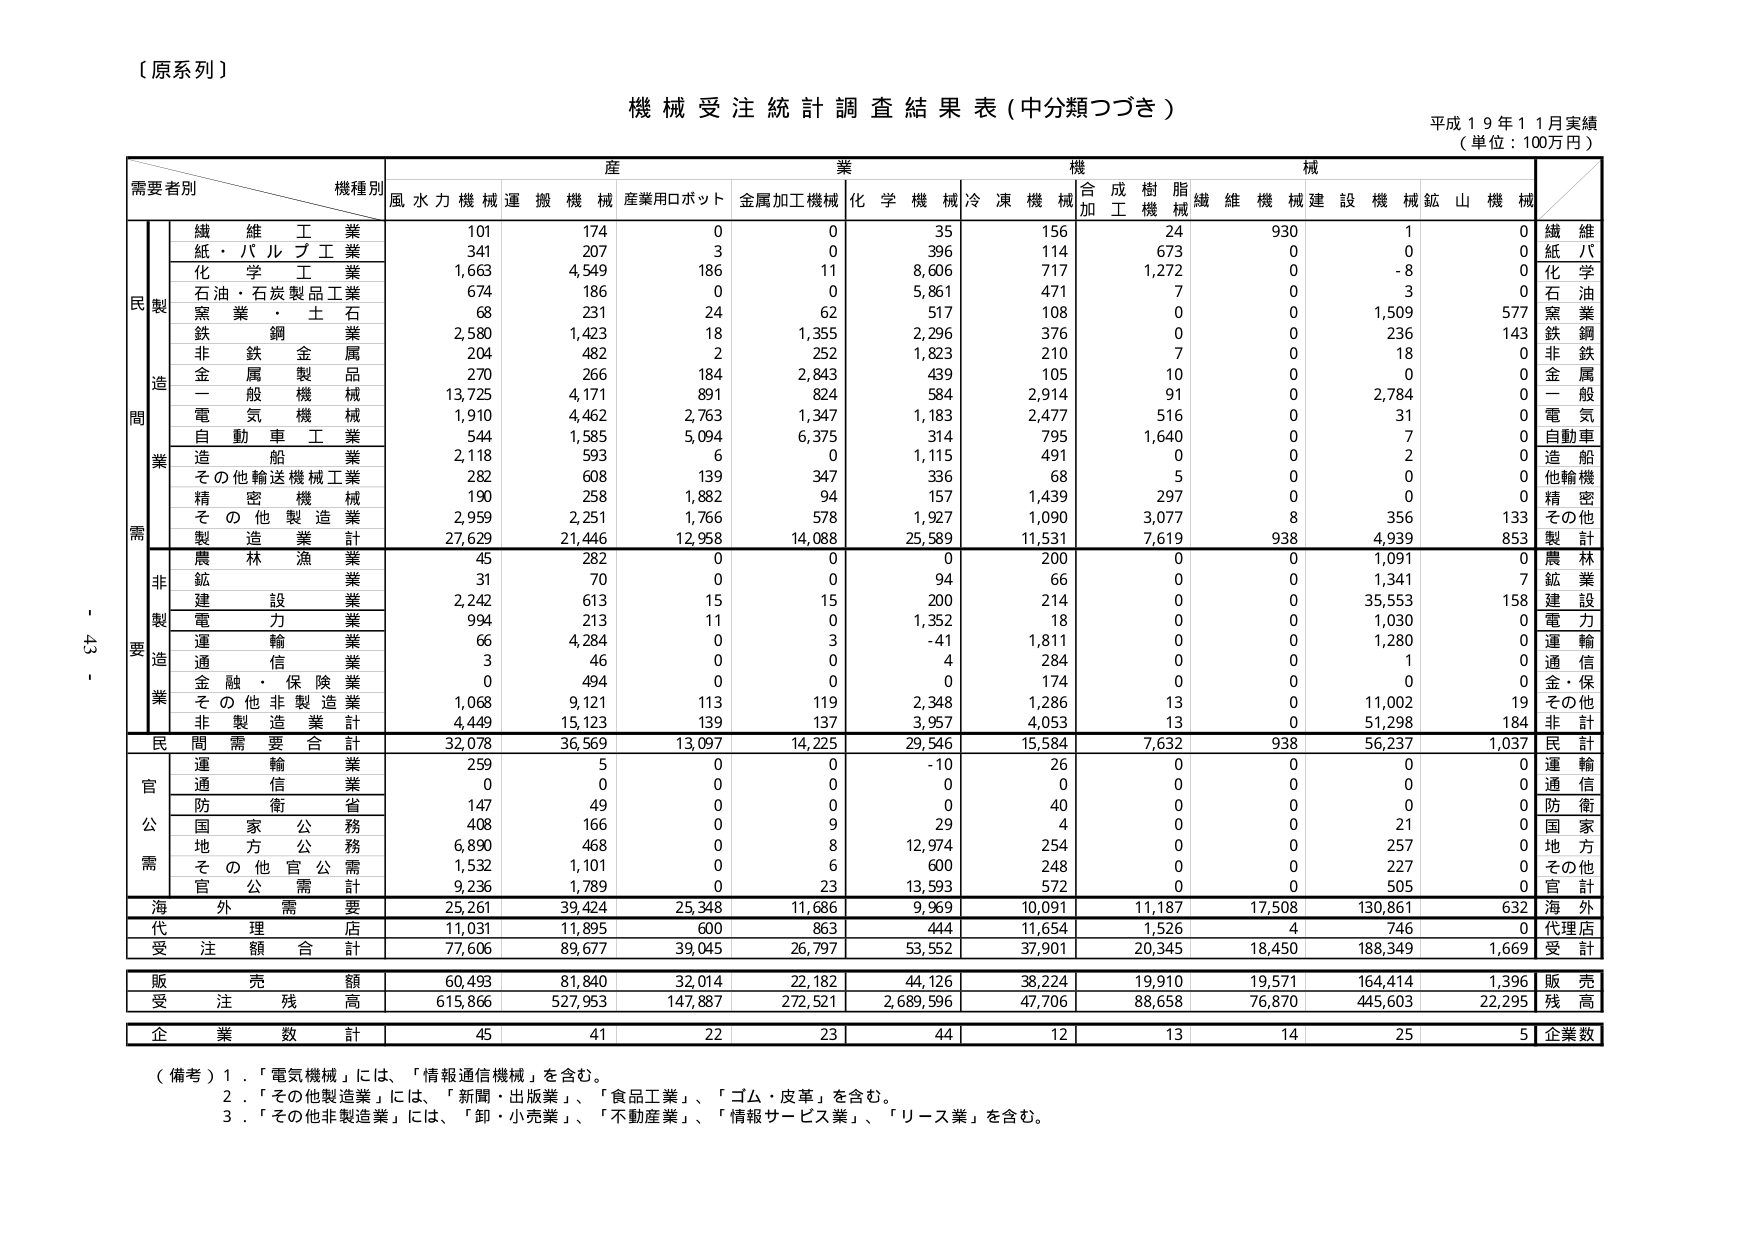
【原系列】

機械受注統計調査結果表（中分類つづき）

平成19年11月実績
（単位：100万円）

需要者別　　機種別　　産業　　機械
　　　　　　　　　　　風水力機械　運搬機械　産業用ロボット　金属加工機械　化学機械　冷凍機械　合成樹脂機械　繊維機械　建設機械　鉱山機械

　　　　　　　　　　　　合　加　工　機　械

　　　　　　　　　　　　繊　維　工　業　　　101　　　174　　　　0　　　　0　　　　35　　　156　　　24　　　930　　　　1　　　　0　　　繊　維
　　　　　　　　　　　　紙・パルプ工業　　　341　　　207　　　　3　　　　0　　　　396　　　114　　　673　　　0　　　　0　　　　0　　　紙　パ
　　　　　　　　　　　　化学工業　　　　　1,663　　　4,549　　　186　　　11　　　8,606　　　717　　　1,272　　　0　　　　-8　　　0　　　化学
　　　　　　　　　　　　石油・石炭製品工業　674　　　186　　　　0　　　　0　　　　5,861　　　471　　　7　　　　0　　　　3　　　　0　　　石油
　　　　　　　　　　　　窯業・土石　　　　68　　　231　　　　24　　　62　　　　517　　　108　　　0　　　　0　　　1,509　　　577　　　窯　業
　　　　　　　　　　　　鉄鋼業　　　　　2,580　　　1,423　　　18　　　1,355　　　2,296　　　376　　　0　　　　0　　　236　　　143　　　鉄　鋼
　　　　　　　　　　　　非鉄金属　　　　204　　　482　　　　2　　　　252　　　1,823　　　210　　　7　　　　0　　　18　　　　0　　　非　鉄
　　　　　　　　　　　　金属製品　　　　270　　　266　　　　184　　　2,843　　　439　　　105　　　10　　　0　　　0　　　　0　　　金　属
　　　　　　　　　　　　一般機械　　　13,725　　　4,171　　　891　　　824　　　　584　　　2,914　　　91　　　0　　　2,784　　　0　　　一　般
　　　　　　　　　　　　電気機械　　　　1,910　　　4,462　　　2,763　　　1,347　　　1,183　　　2,477　　　516　　　0　　　31　　　　0　　　電　気
　　　　　　　　　　　　自動車工業　　　544　　　1,585　　　5,094　　　6,375　　　314　　　795　　　1,640　　　0　　　7　　　　0　　　自動車
　　　　　　　　　　　　造船業　　　　　2,118　　　593　　　　6　　　　0　　　　1,115　　　491　　　0　　　　0　　　2　　　　0　　　造　船
　　　　　　　　　　　　その他輸送機械工業　282　　　608　　　　139　　　347　　　　336　　　68　　　5　　　　0　　　0　　　　0　　　他輸機
　　　　　　　　　　　　精密機械　　　　190　　　258　　　　1,882　　　94　　　　157　　　1,439　　　297　　　0　　　0　　　　0　　　精　密
　　　　　　　　　　　　その他製造業　　　2,959　　　2,251　　　1,766　　　578　　　1,927　　　1,090　　　3,077　　　8　　　356　　　133　　　その他
　　　　　　　　　　　　製造業計　　　27,629　　　21,446　　　12,958　　　14,088　　　25,589　　　11,531　　　7,619　　　938　　　4,939　　　853　　　製　計

　　　　　　　　　　　　農林漁業　　　　45　　　282　　　　0　　　　0　　　　0　　　200　　　0　　　　0　　　1,091　　　0　　　農　林
　　　　　　　　　　　　鉱業　　　　　　31　　　70　　　　0　　　　0　　　　94　　　66　　　0　　　　0　　　1,341　　　7　　　鉱　業
　　　　　　　　　　　　建設業　　　　　2,242　　　613　　　15　　　15　　　　200　　　214　　　0　　　　0　　　35,553　　　158　　　建　設
　　　　　　　　　　　　電力業　　　　　994　　　213　　　　11　　　0　　　　1,352　　　18　　　0　　　　0　　　1,030　　　0　　　電　力
　　　　　　　　　　　　運輸業　　　　　66　　　4,284　　　0　　　　3　　　　-41　　　1,811　　　0　　　　0　　　1,280　　　0　　　運　輸
　　　　　　　　　　　　通信業　　　　　3　　　46　　　　0　　　　0　　　　4　　　284　　　0　　　　0　　　1　　　　0　　　通　信
　　　　　　　　　　　　金融・保険業　　　0　　　494　　　　0　　　　0　　　　0　　　174　　　0　　　　0　　　0　　　　0　　　金・保
　　　　　　　　　　　　その他非製造業　1,068　　　9,121　　　113　　　119　　　2,348　　　1,286　　　13　　　0　　　11,002　　　19　　　その他
　　　　　　　　　　　　非製造業計　　　4,449　　　15,123　　　139　　　137　　　3,957　　　4,053　　　13　　　0　　　51,298　　　184　　　非　計

　　　　　　　　　　　　民間需要合計　　32,078　　　36,569　　　13,097　　　14,225　　　29,546　　　15,584　　　7,632　　　938　　　56,237　　　1,037　　　民　計

　　　　　　　　　　　　運輸業　　　　　259　　　5　　　　0　　　　0　　　　-10　　　26　　　0　　　　0　　　0　　　　0　　　運　輸
　　　　　　　　　　　　通信業　　　　　0　　　0　　　　0　　　　0　　　　0　　　0　　　0　　　　0　　　0　　　　0　　　通　信
　　　　　　　　　　　　防衛省　　　　　147　　　49　　　　0　　　　0　　　　0　　　40　　　0　　　　0　　　0　　　　0　　　防　衛
　　　　　　　　　　　　国家公務　　　　408　　　166　　　　0　　　　9　　　　29　　　4　　　0　　　　0　　　21　　　　0　　　国　家
　　　　　　　　　　　　地方公務　　　　6,890　　　468　　　　0　　　　8　　　　12,974　　　254　　　0　　　　0　　　257　　　0　　　地　方
　　　　　　　　　　　　その他官公需　　1,532　　　1,101　　　0　　　　6　　　　600　　　248　　　0　　　　0　　　227　　　0　　　その他
　　　　　　　　　　　　官公需計　　　　9,236　　　1,789　　　0　　　　23　　　13,593　　　572　　　0　　　　0　　　505　　　0　　　官　計

　　　　　　　　　　　　海外需要　　　　25,261　　　39,424　　　25,348　　　11,686　　　9,969　　　10,091　　　11,187　　　17,508　　　130,861　　　632　　　海　外

　　　　　　　　　　　　代理店　　　　　11,031　　　11,895　　　600　　　863　　　　444　　　11,654　　　1,526　　　4　　　746　　　0　　　代理店

　　　　　　　　　　　　受注額合計　　　77,606　　　89,677　　　39,045　　　26,797　　　53,552　　　37,901　　　20,345　　　18,450　　　188,349　　　1,669　　　受　計

　　　　　　　　　　　　販売額　　　　　60,493　　　81,840　　　32,014　　　22,182　　　44,126　　　38,224　　　19,910　　　19,571　　　164,414　　　1,396　　　販　売

　　　　　　　　　　　　受注残高　　　　615,866　　　527,953　　　147,887　　　272,521　　　2,689,596　　　47,706　　　88,658　　　76,870　　　445,603　　　22,295　　　残　高

　　　　　　　　　　　　企業数計　　　　45　　　41　　　　22　　　23　　　　44　　　12　　　13　　　14　　　25　　　5　　　企業数

（備考）1．「電気機械」には、「情報通信機械」を含む。
　　　　2．「その他製造業」には、「新聞・出版業」、「食品工業」、「ゴム・皮革」を含む。
　　　　3．「その他非製造業」には、「卸・小売業」、「不動産業」、「情報サービス業」、「リース業」を含む。

- 43 -